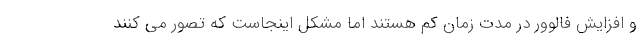
و افزایش فالوور در مدت زمان کم هستند اما مشکل اینجاست که تصور می کنند